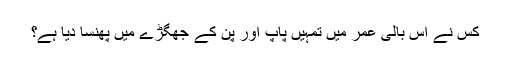
کس نے اس بالی عمر میں تمہیں پاپ اور پن کے جھگڑے میں پھنسا دیا ہے؟